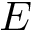
E